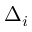
\Delta _ { i }